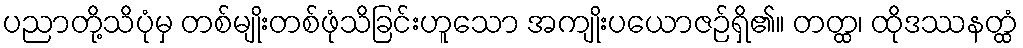
ပညာတို့သိပုံမှ တစ်မျိုးတစ်ဖုံသိခြင်းဟူသော အကျိုးပယောဇဉ်ရှိ၏။ တတ္ထ၊ ထိုဒဿနတ္ထံ